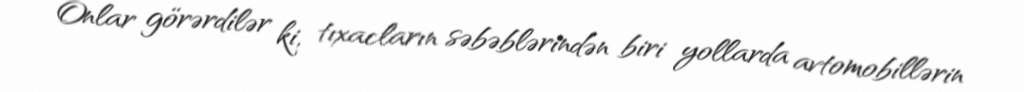
Onlar görərdilər ki, tıxacların səbəblərindən biri yollarda avtomobillərin